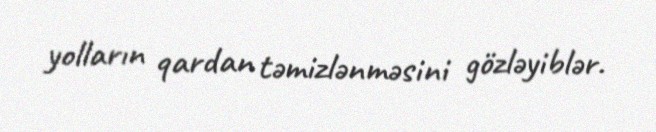
yolların qardan təmizlənməsini gözləyiblər.